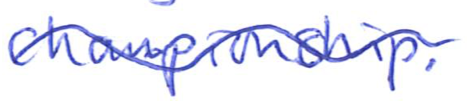
Text: Championship.
Cross-out: wave
Writing tool: ballpoint